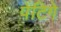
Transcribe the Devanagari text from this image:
पेंटिगे